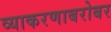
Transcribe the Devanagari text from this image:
व्याकरणाबरोबर